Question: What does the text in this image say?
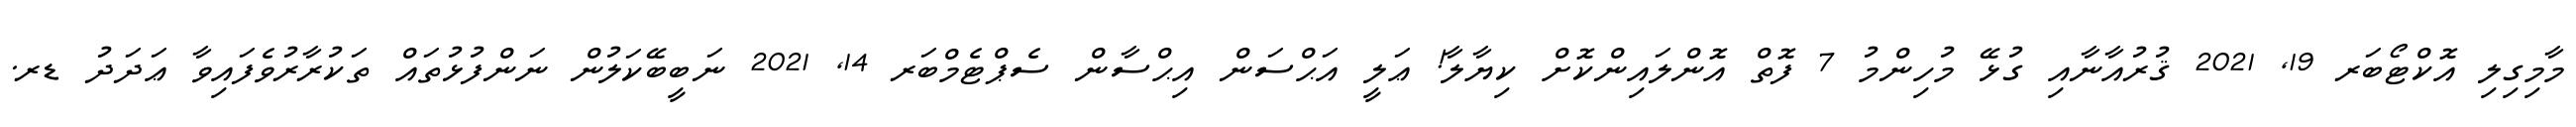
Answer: މާމިގިލި އޮކްޓޯބަރ 19, 2021 ޤުރުއާނާއި ގުޅޭ މުހިންމު 7 ފޮތް އޮންލައިންކޮށް ކިޔާލާ! ޢަލީ އަޙްސަން އިޙްސާން ސެޕްޓެމްބަރ 14, 2021 ނަބީބޭކަލުން ނަންފުޅުތައް ތަކުރާރުވެފައިވާ ޢަދަދު ޑރ.